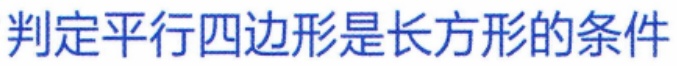
判定平行四边形是长方形的条件